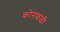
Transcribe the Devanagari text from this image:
कोनफळी